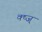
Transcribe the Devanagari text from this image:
क्ष्ज्